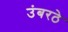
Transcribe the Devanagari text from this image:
उंबरठे